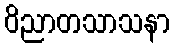
ဝိညာတသာသနာ